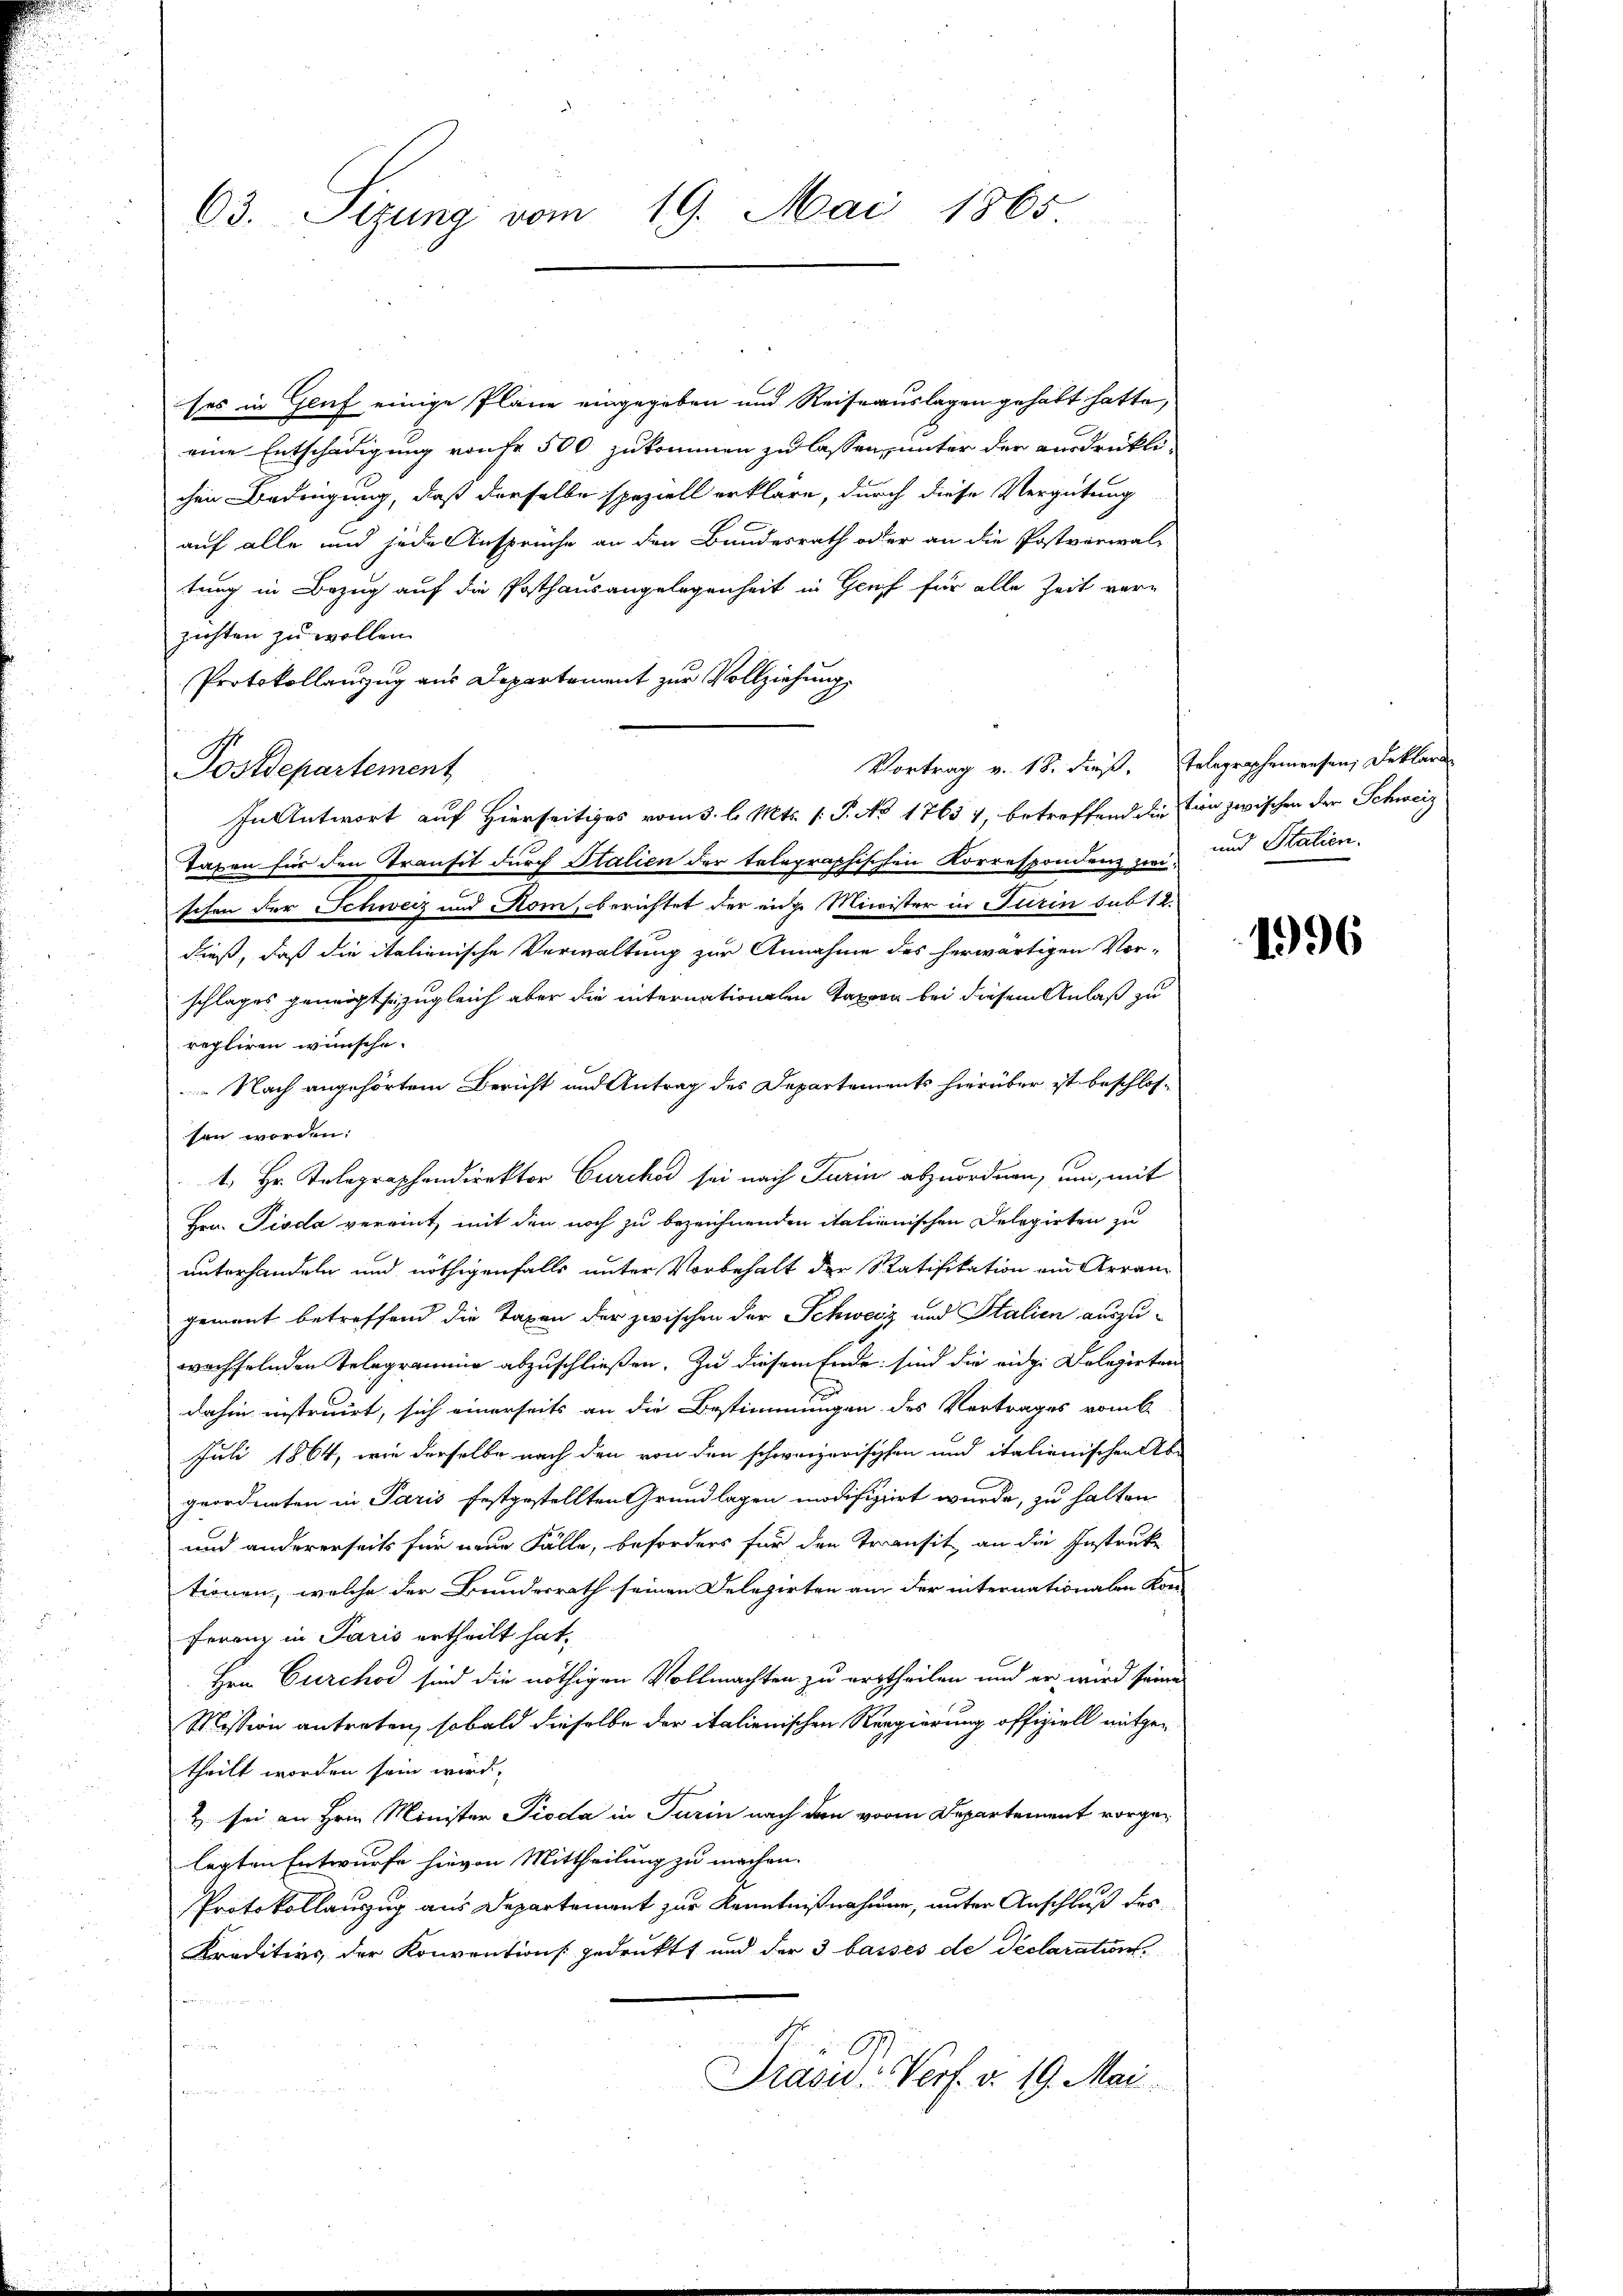
63. Sizung vom 19. Mai 1865

ses in Gruf einige Pläne eingegeben und Reiseauslagen gehabt hatte,
eine Entschädigung von fr 500 zukommen zu lassen, unter der ausdrücklichen Bedingung, daß derselbe speziell erkläre, durch diese Vergütung
auf alle und jede Ansprüche an den Bundesrath oder an die Postverwal-
tung in Bezug auf die Posthausangelegenheit in Genf für alle Zeit ver-
zichten zu wollen.
Protokollanzug aus Departement zur Vollziehung.
Postdepartement
In Antwort auf Hierseitiges vom 3. l. Mts. (T. No 17654, betreffend die tien zwischen der Schweiz
Taxen für den Transit durch Italien der telegraphischen Korrespondenz in und Stalienschon der Schweiz und Rom, berichtet der eidg. Minister in Turin sub 12.
dieß, daß die italienische Verwaltung zur Annahme des herwärtigen Vor-
schlages geneigt sei zugleich aber die internationalen Taxora bei diesem Anlaß zu
regliren wünsche.
 Nach angehörtem Bericht und Antrag des Departements hierüber ist beschlos-
sen worden:
1. Hr. Telegraphendirektor Curch sei nach Turin abzuordnen, und, mit
Hrn. Pioda vereint, mit den noch zu bezeichnenden italionischen Delegirten zu
unterhandeln und nöthigenfalls unter Vorbehalt der Ratifikation ein Arran
gemeint betreffend die Taxen der zwischen der Schweiz und Stalien auszu-
wachselnden Telegramme abzuschließen. Zu diesem Ende sind die eidg. Delegirten
dahin instruirt, sich einerseits an die Bestimmungen des Vertrages vom 6.
Juli 1864, wie derselbe nach den von den schweizerischen und italienischen Ab-
geordneten in Paris festgestellten Grundlagen modifiziert wurde, zu halten
und andererseits für neue Fälle, beförders für den Transit an die Instruke
tionen, welche der Bundesrath seinen Delegirten am der internationalen Kon-
Ferenz in Paris ertheilt hat,
Hrn. Curchod sind die nöthigen Vollmachten zu ertheilen und er wird seine
Mission antreten, sobald dieselbe der italienischen Regierung offiziell mitgetheilt worden sein wird.
2 sei an Hrnn Minister Pioda in Turin nach den vor Departement vorgelegten Entwurfe hievon Mittheilung zu machen.
Protokollauszug aus Departement zur Kenntnißnahmen, unter Anschluß des
Kreditivs der Konventions gedrukt, und der 3 basses de Declarations¬
.
Präsid. Verf. v. 19. Mai.

Vortrag v. 18. dieß. Telegraphenwesen, Deklare

1996